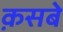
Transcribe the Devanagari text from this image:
क़सबे